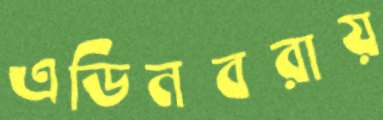
এডিনবরায়